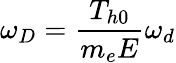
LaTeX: \omega_{D}=\frac{T_{h0}}{m_{e}E}\omega_{d}